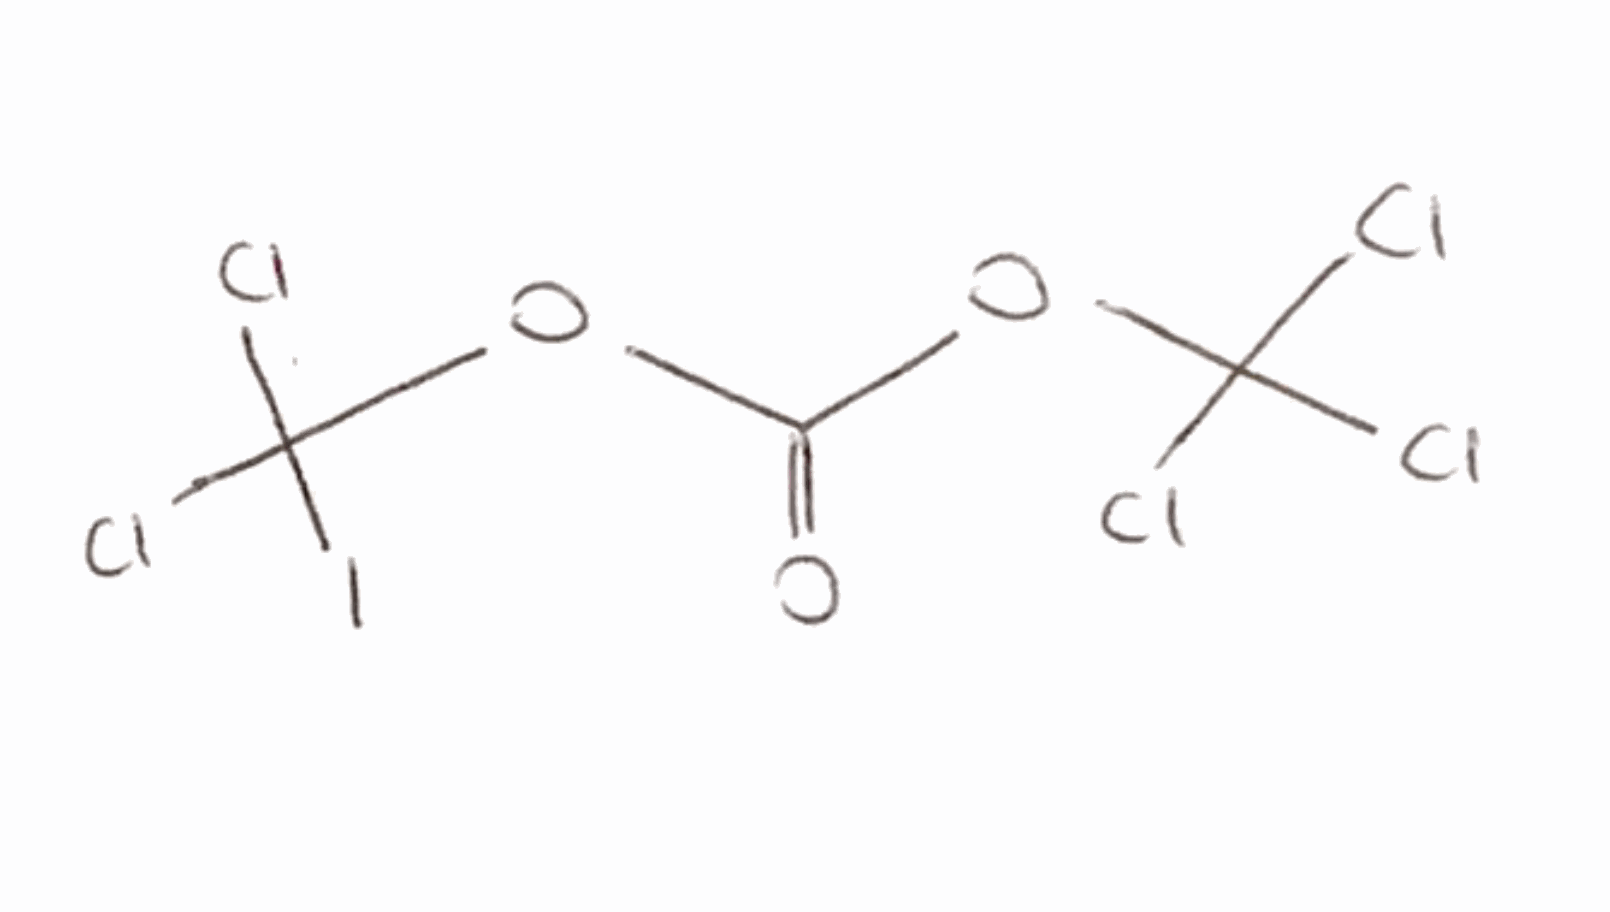
Simplified molecular-input line-entry system (SMILES) notation of the given molecule:
C(=O)(OC(Cl)(Cl)Cl)OC(Cl)(Cl)I